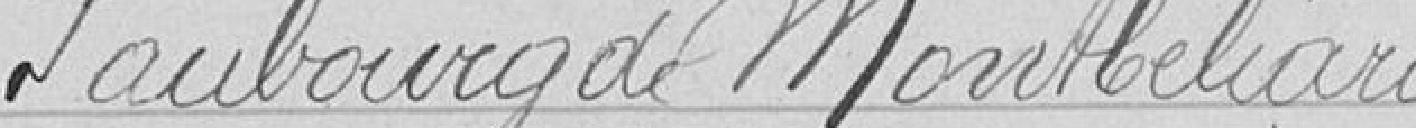
Faubourg de Montbéliard